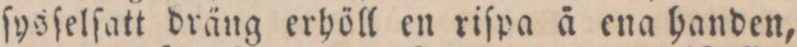
ſysſelſatt dräng erhöll en riſpa å ena handen,